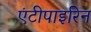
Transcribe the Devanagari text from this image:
एंटीपाइरिन